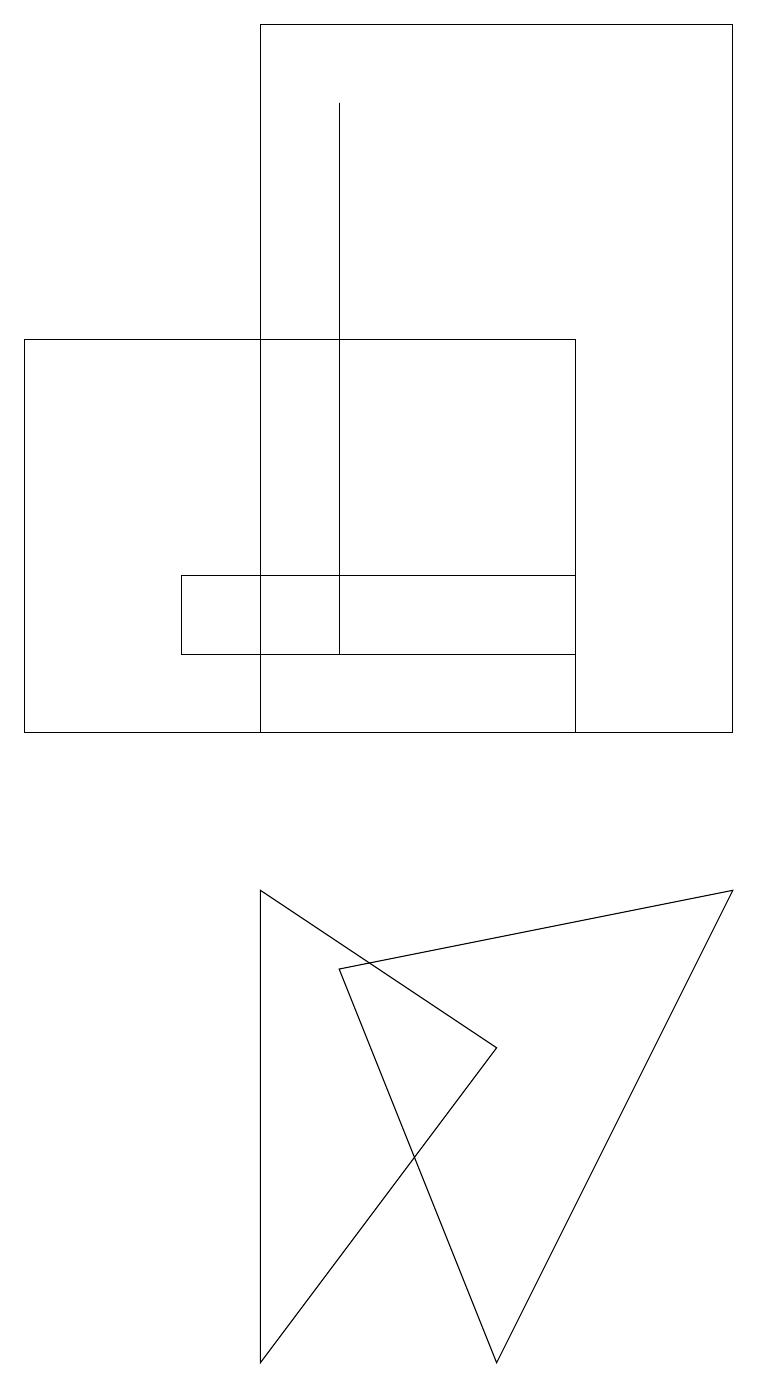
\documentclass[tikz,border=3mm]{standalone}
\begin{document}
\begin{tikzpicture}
\draw (3,8) -- (6,6) -- (3,2) -- cycle;
\draw (3,10) rectangle (9,19);
\draw (2,11) rectangle (7,12);
\draw (7,10) rectangle (0,15);
\draw (4,18) rectangle (4,11);
\draw (4,7) -- (9,8) -- (6,2) -- cycle;
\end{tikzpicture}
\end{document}